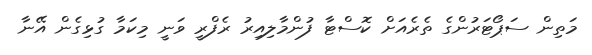
މަތިން ސަޕޯޓަރުންގެ ތެރެއަށް ކޮސްޓާ ފުންމާލިއިރު ރެފްރީ ވަނީ މިކަމާ ގުޅިގެން އޭނާ